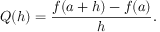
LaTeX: Q ( h ) = { \frac { f ( a + h ) - f ( a ) } { h } } .